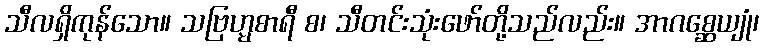
သီလရှိကုန်သော။ သဗြဟ္မစာရီ စ၊ သီတင်းသုံးဖော်တို့သည်လည်း။ အာဂစ္ဆေယျုံ၊